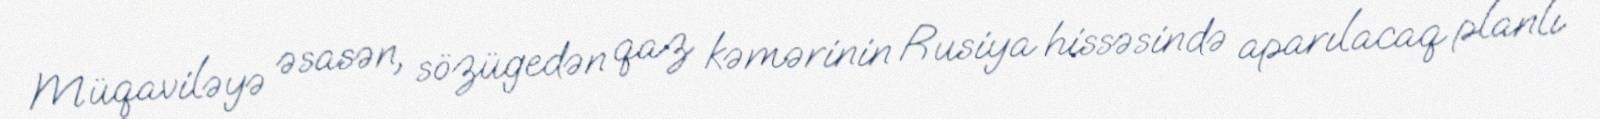
Müqaviləyə əsasən, sözügedən qaz kəmərinin Rusiya hissəsində aparılacaq planlı